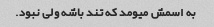
به اسمش میومد که تند باشه ولی نبود.